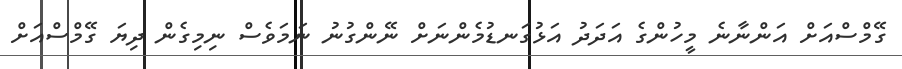
ގޭމްސްއަށް އަންނާނެ މީހުންގެ އަދަދު އަޅުގަނޑުމެންނަށް ނޭންގުނު ނަމަވެސް ނިމިގެން ދިޔަ ގޭމްސްއަށް